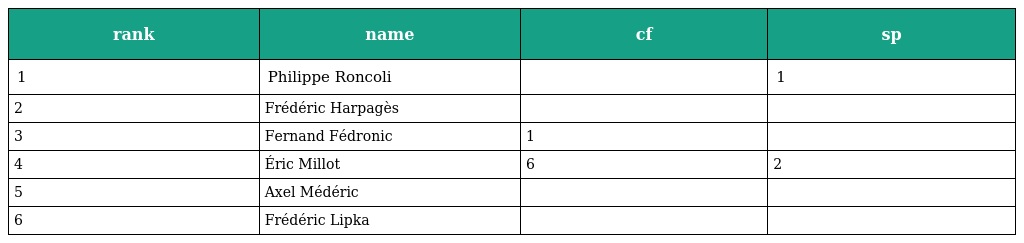
| rank | name | cf | sp |
 | --- | --- | --- | --- |
 | 1 | Philippe Roncoli |  | 1 |
 | 2 | Frédéric Harpagès |  |  |
 | 3 | Fernand Fédronic | 1 |  |
 | 4 | Éric Millot | 6 | 2 |
 | 5 | Axel Médéric |  |  |
 | 6 | Frédéric Lipka |  |  |